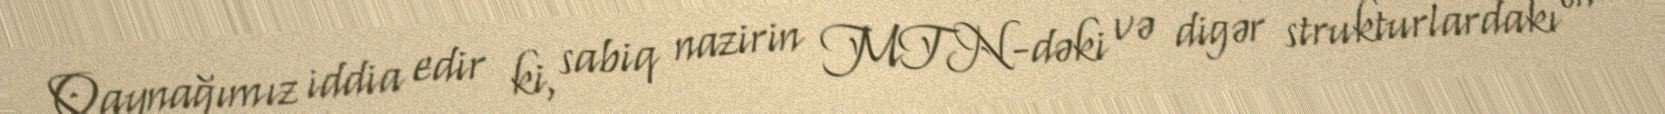
Qaynağımız iddia edir ki, sabiq nazirin MTN-dəki və digər strukturlardakı ən